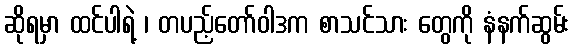
ဆိုရမှာ ထင်ပါရဲ့ ၊ တပည့်တော်ဝါဒက စာသင်သား တွေကို နံနက်ဆွမ်း